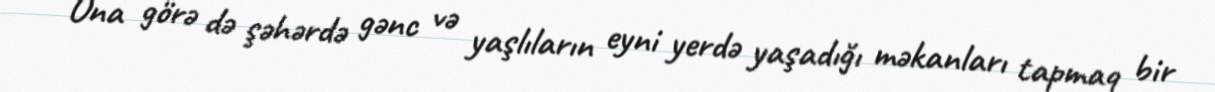
Ona görə də şəhərdə gənc və yaşlıların eyni yerdə yaşadığı məkanları tapmaq bir